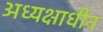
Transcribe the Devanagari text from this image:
अध्यक्षाधीन